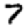
Digit: 7